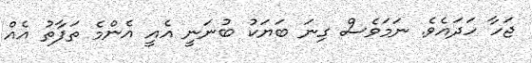
ޖަހާ ހަދައެވެ. ނަމަވެސް ގިނަ ބަޔަކު ބުނަނީ އެއީ އެންމެ ތަފާތު އެއް